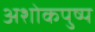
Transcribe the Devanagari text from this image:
अशोकपुष्प